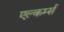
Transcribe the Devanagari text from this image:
एल्कर्म्स